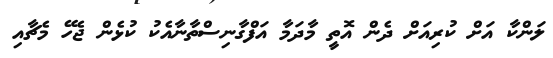
ލަންކާ އަށް ކުރިއަށް ދެން އޮތީ މާދަމާ އަފްގާނިސްތާނާއެކު ކުޅެން ޖެހޭ މެޗާއި